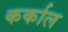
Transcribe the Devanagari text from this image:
कर्काल